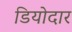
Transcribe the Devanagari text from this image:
डियोदार